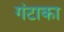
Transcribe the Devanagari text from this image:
गंटाका